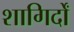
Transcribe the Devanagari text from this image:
शागिर्दों